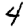
Digit: 4